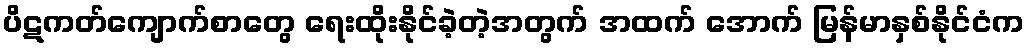
ပိဋကတ်ကျောက်စာတွေ ရေးထိုးနိုင်ခဲ့တဲ့အတွက် အထက် အောက် မြန်မာနှစ်နိုင်ငံက